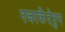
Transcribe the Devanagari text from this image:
नजरकैदेतुन